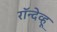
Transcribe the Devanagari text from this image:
रॉन्देव्हू